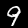
Label: 9